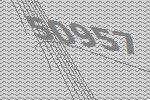
50957